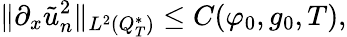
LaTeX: \lVert\partial_{x}\tilde{u}_{n}^{2}\rVert_{L^{2}(Q_{T}^{*})}\leq C(\varphi_{0},g_{0},T),